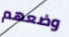
وضعهم